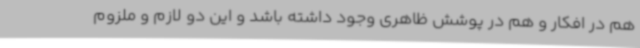
هم در افکار و هم در پوشش ظاهری وجود داشته باشد و این دو لازم و ملزوم